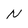
Character: N